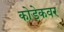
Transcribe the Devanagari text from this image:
कोडेकवर